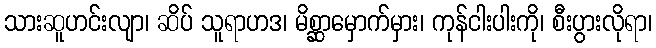
သားဆူဟင်းလျာ၊ ဆိပ် သူရာဟဒ၊ မိစ္ဆာမှောက်မှား၊ ကုန်ငါးပါးကို၊ စီးပွားလိုရာ၊